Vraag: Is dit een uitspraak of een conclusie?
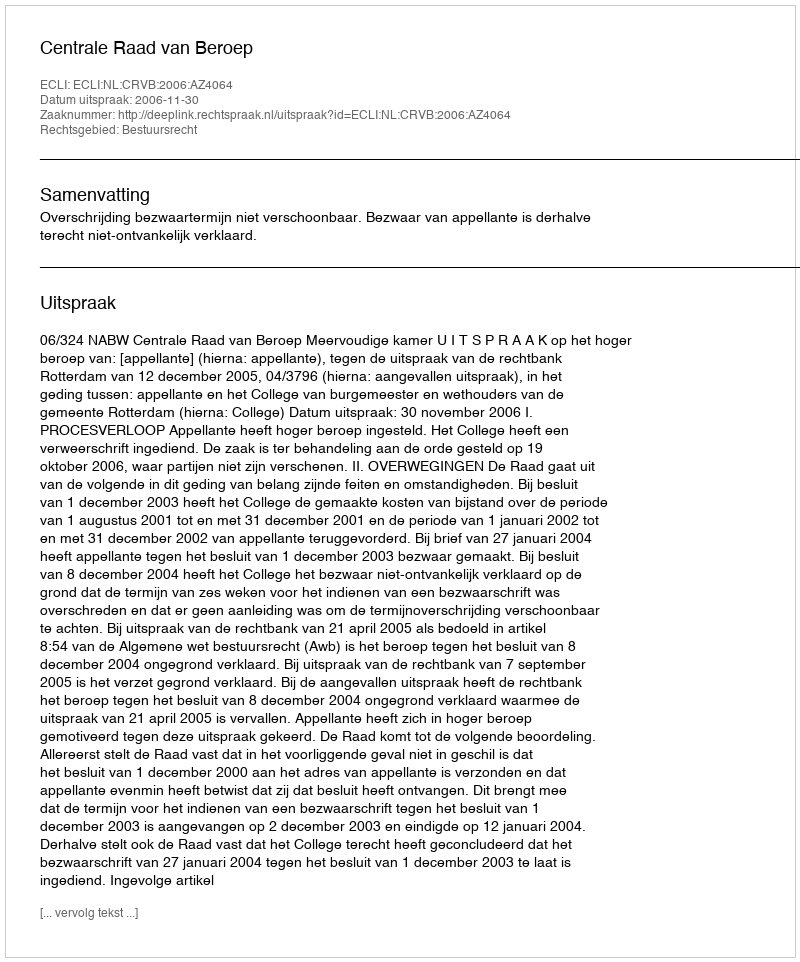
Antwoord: Uitspraak